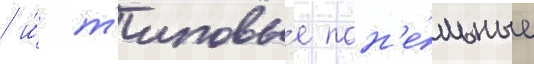
/ и́ т'иповы́е пан'е́льные